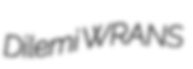
Dilemi WRANS